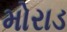
મોરાડ